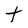
Character: T